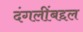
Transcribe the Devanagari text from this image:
दंगलींबद्दल